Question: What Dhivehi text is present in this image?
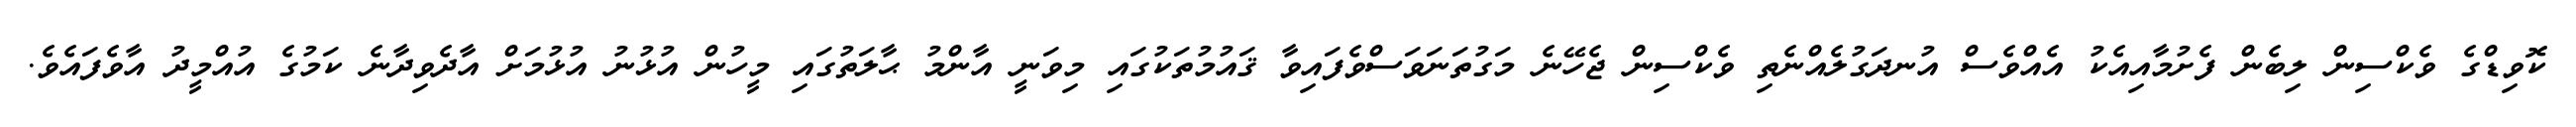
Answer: ކޮވިޑްގެ ވެކްސިން ލިބެން ފެށުމާއިއެކު އެއްވެސް އުނދަގުލެއްނެތި ވެކްސިން ޖެހޭނެ މަގުތަނަވަސްވެފައިވާ ޤައުމުތަކުގައި މިވަނީ އާންމު ޙާލަތުގައި މީހުން އުޅުނު އުޅުމަށް އާދެވިދާނެ ކަމުގެ އުއްމީދު އާވެފައެވެ.